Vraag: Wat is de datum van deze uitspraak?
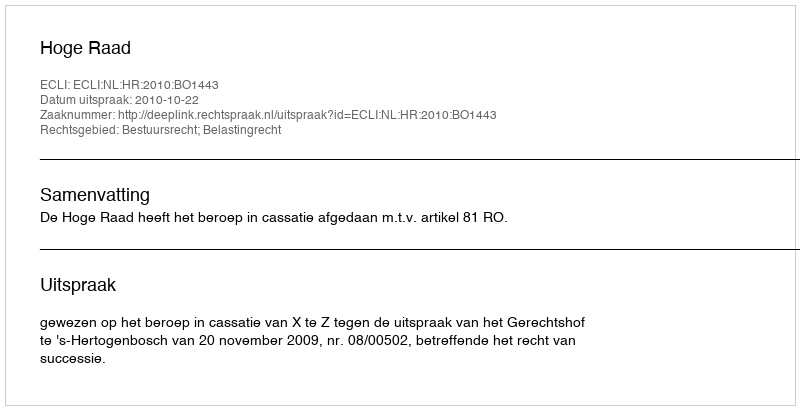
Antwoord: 2010-10-22